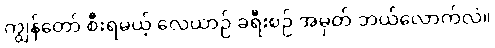
ကျွန်တော် စီးရမယ့် လေယာဉ် ခရီးစဉ် အမှတ် ဘယ်လောက်လဲ။